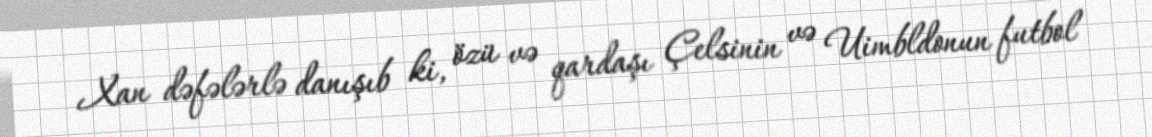
Xan dəfələrlə danışıb ki, özü və qardaşı Çelsinin və Uimbldonun futbol